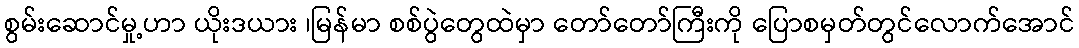
စွမ်းဆောင်မှု့ဟာ ယိုးဒယား ၊မြန်မာ စစ်ပွဲတွေထဲမှာ တော်တော်ကြီးကို ပြောစမှတ်တွင်လောက်အောင်